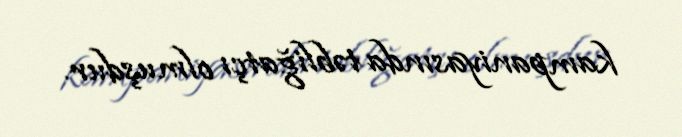
kampaniyasında təbliğatçı olmuşdur.